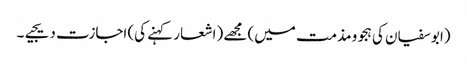
(ابو سفیان کی ہجو و مذمت میں) مجھے (اشعار کہنے کی) اجازت دیجیے۔